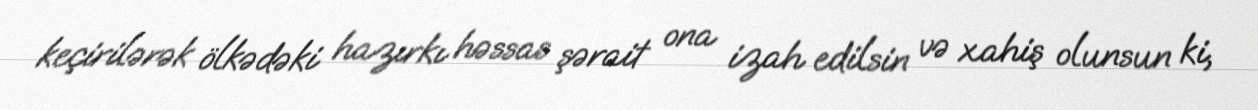
keçirilərək ölkədəki hazırkı həssas şərait ona izah edilsin və xahiş olunsun ki,